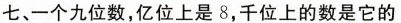
七、一个九位数，亿位上是8，千位上的数是它的